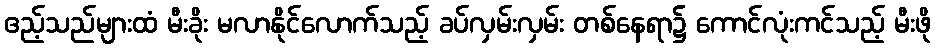
ဧည့်သည်များထံ မီးခိုး မလာနိုင်လောက်သည့် ခပ်လှမ်းလှမ်း တစ်နေရာ၌ ကောင်လုံးကင်သည့် မီးဖို